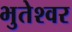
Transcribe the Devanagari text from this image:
भुतेश्वर